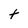
Character: t